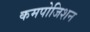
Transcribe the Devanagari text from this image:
कमपोजिशन